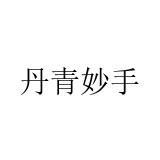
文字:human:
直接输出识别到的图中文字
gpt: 丹青妙手